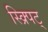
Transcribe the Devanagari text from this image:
स्क्र्पिट्